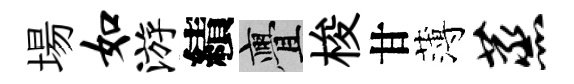
場如游績亹梭甘薄蒸